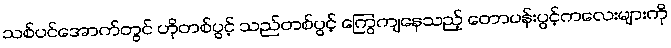
သစ်ပင်အောက်တွင် ဟိုတစ်ပွင့် သည်တစ်ပွင့် ကြွေကျနေသည့် တောပန်းပွင့်ကလေးများကို